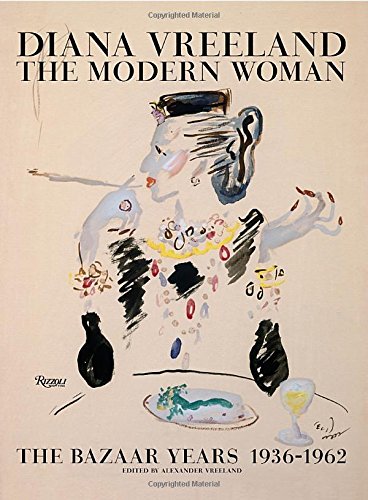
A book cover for Diana Vreeland: The Modern Woman: The Bazaar Years, 1936-1962; Humor & Entertainment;